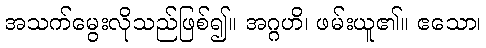
အသက်မွေးလိုသည်ဖြစ်၍။ အဂ္ဂဟိ၊ ဖမ်းယူ၏။ ဧသော၊